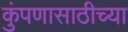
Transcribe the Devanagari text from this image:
कुंपणासाठीच्या